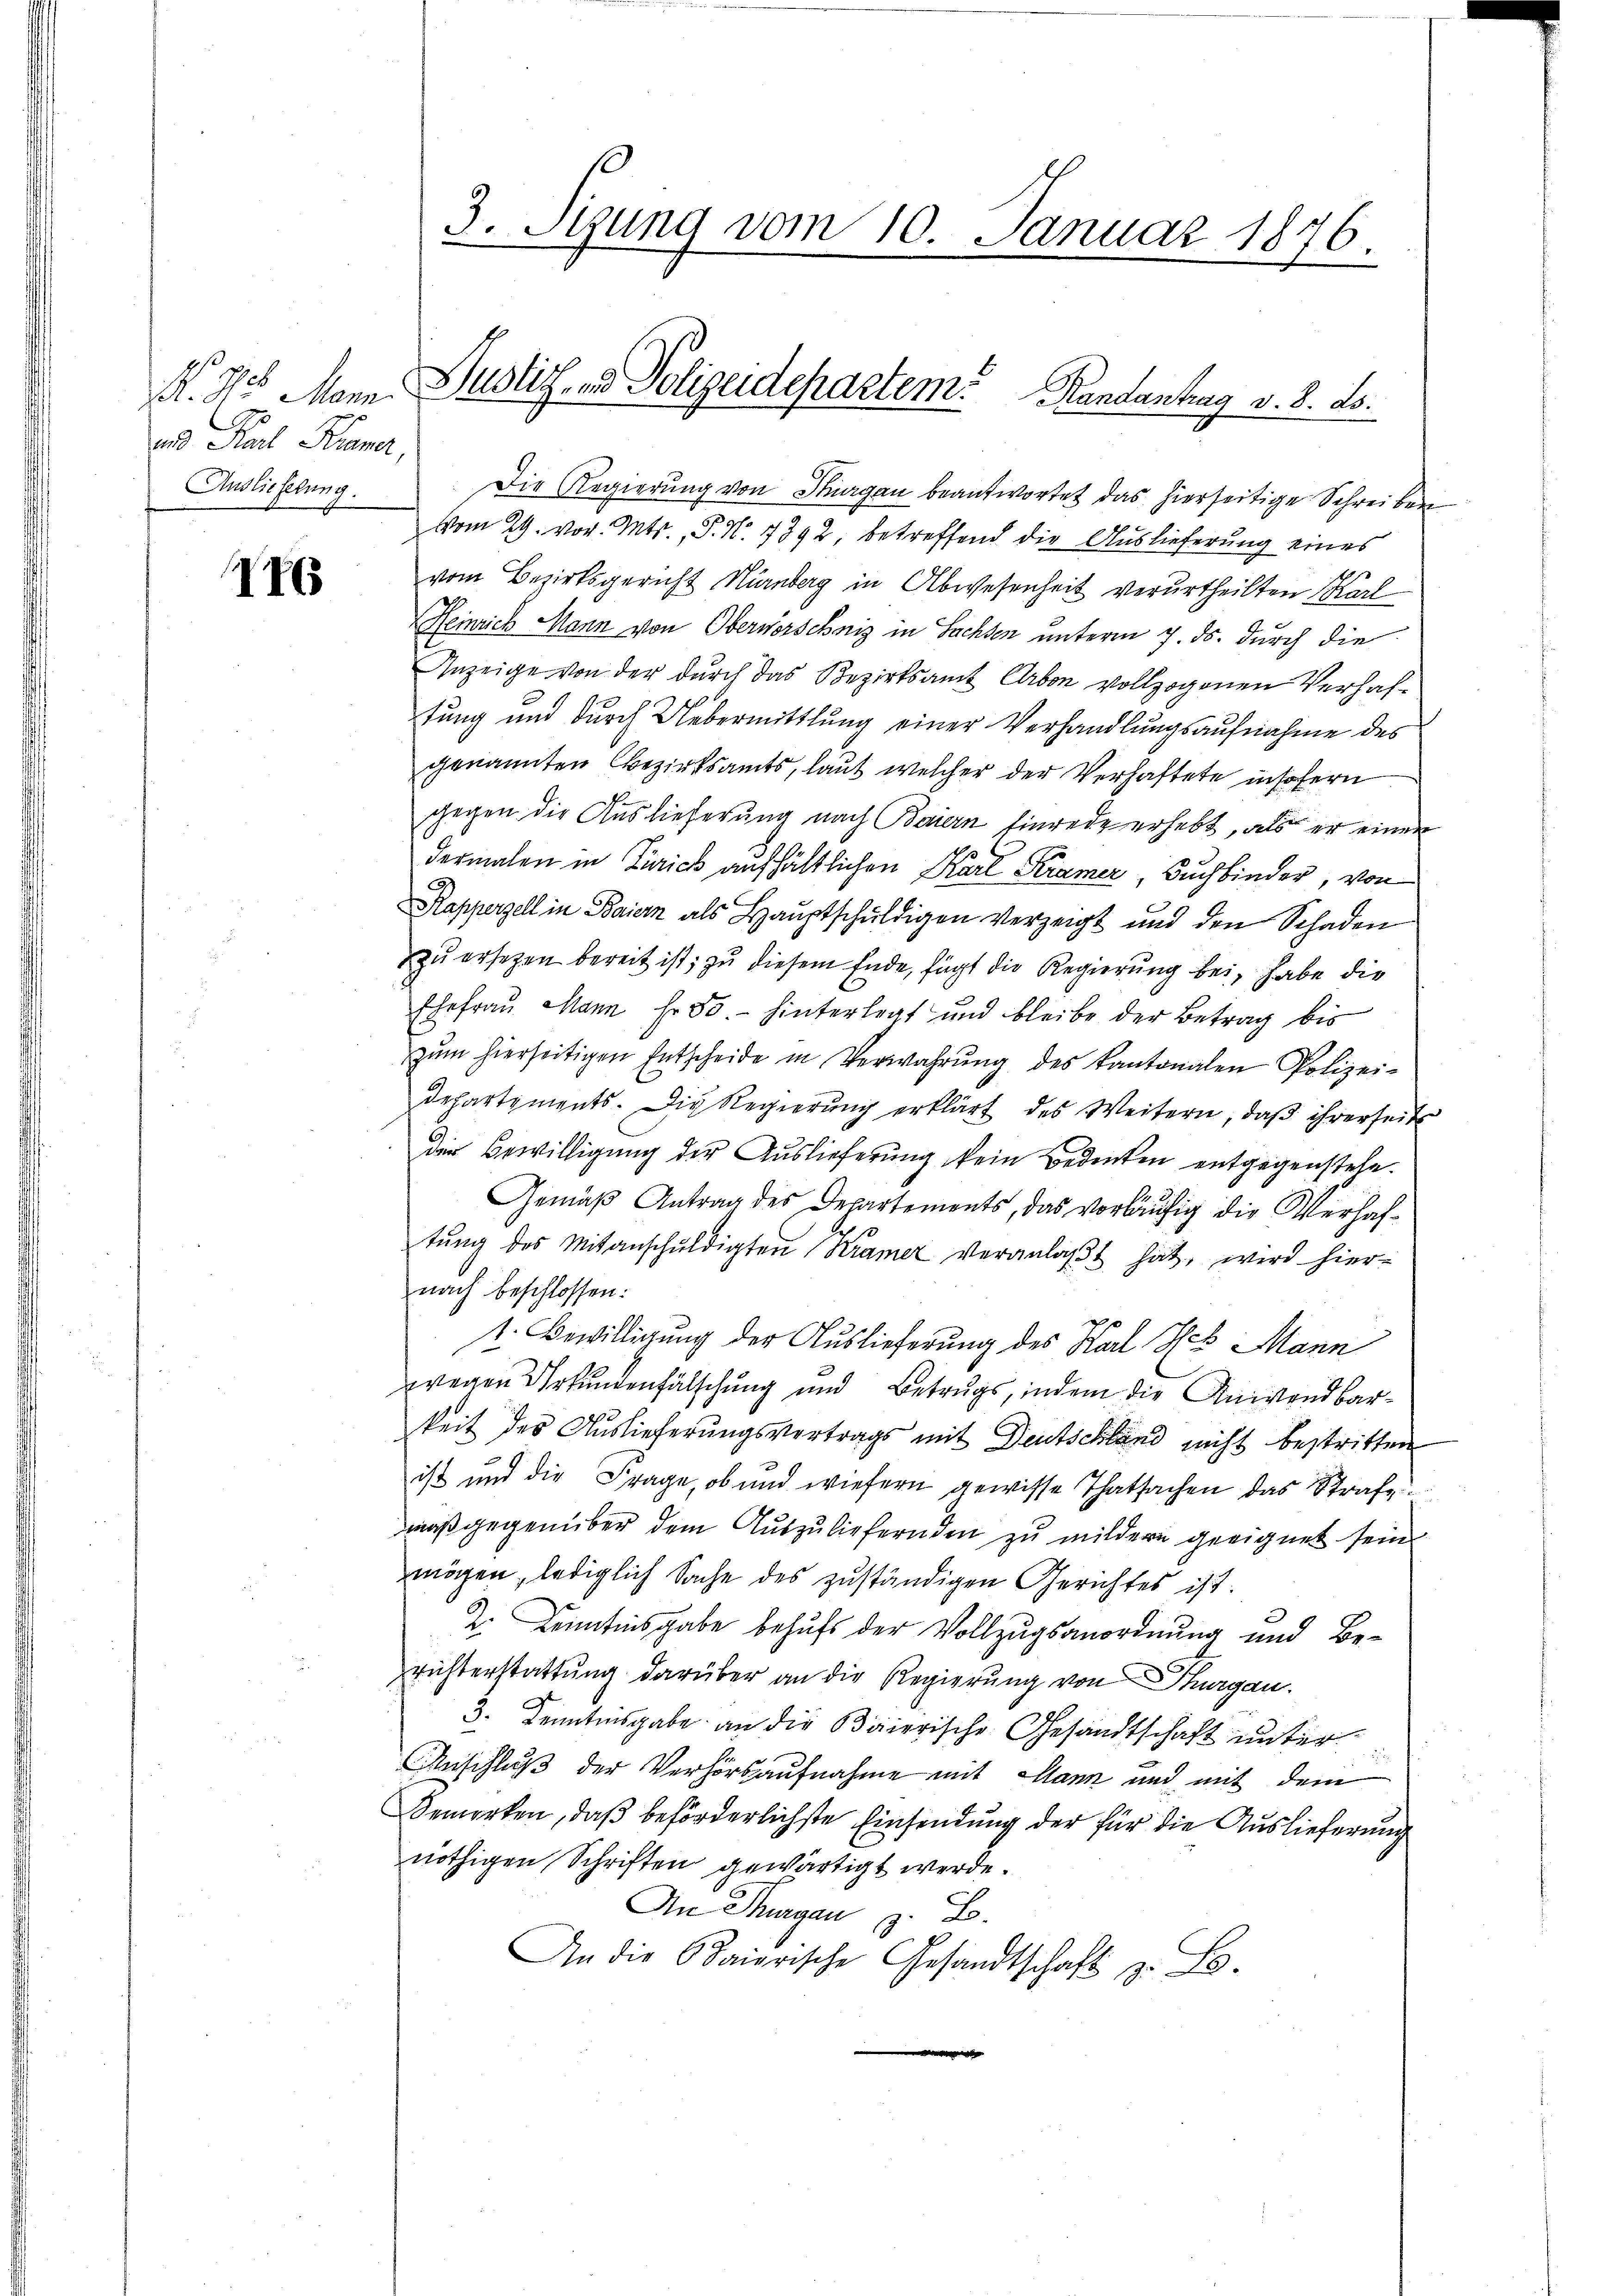
und Karl Kamer,
Auslieferung.

1465

Die Regierŭng von Stuargau beantwortet das hierseitige Schreiben
vom 29. vor. Mts., P. Nr. 7392, betreffend die Auslieferung eines
vom Bezirksgericht Nürnberg in Abwesenheit verurtheilten Karl
Heinrich Mann von Obervorschnis in Sachsen unterm 7. ds. durch die
Anzeige von der durch das Bezirksamt Erben vollzogenen Verhaftung und durch Uebermittlung einer Verhandlungsaufnahme des
genannten bezirksamts, laut welcher der Verhaftete insofern
gegen die Auslieferung nach Baiern hinrede erhebt, als er einen
dermalen in Zürich aufhältlichen Karl Kramer, Buchbinder, von
Rapperzell in Baier als Haŭptschŭldigen verzeigt und den Schaden
zu ersetzen bereit ist, zu diesem Ende, fügt die Regierung bei, habe die
Ehefraŭ Mann fr. 30. hinterlegt und bleibe der Betrag bis
zŭm hierseitigen Entscheide in Verwahrŭng des kantonalen Polizei-
departements. Die Regierŭng erklärt des Weitern, daβ ihrerseits
der Bewilligŭng der Auslieferung kein Bedenken entgegenstehe.
Gemäß Antrag des Departements, das vorläufig die Verhaftŭng des Mitanschŭldigten Kramer veranlaβt hat, wird hier-
nach beschlossen:
1. Bewilligung der Auslieferung des Karl Hes Mann
zwegen Urkundenfälschung und Betrugs, indem die Anwendbarkeit des Auslieferungsvertrags mit Deutschland nicht bestritten
ist und die Frage, ob und wiefern gewisse Thatsachen das Strafe
maß gegenüber dem Auszuliefern den zu mildern geeignet sein
mögen, lediglich Sache des zuständigen Gerichtes ist.
2. Kenntnisgabe behufs der Vollzugsanordnung und Berichterstattung darüber an die Regierung von Thurgau.
3. Kenntnisgabe an die Baierische Gesandtschaft unter
Anschluß der Verhörsaufnahme mit Mann und mit dem
Bemerken, daß beförderlichste Einsendung der für die Auslieferung
nöthigen Schriften gewärtigt werde.
An Thurgau z. B.
An die Baierische Gesandtschaft z. B.

3. Sizung vom 10. Januar 1876.

N. N. Mann, Justiz- und Polizeidepartem Randantrag v. 8. ds.